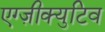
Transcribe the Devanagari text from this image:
एग्ज़ीक्युटिव